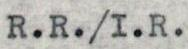
R.R./I.R.